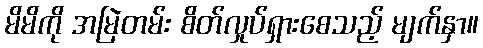
မိမိကို အမြဲတမ်း စိတ်လှုပ်ရှားစေသည့် မျက်နှာ။